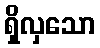
ရှိလှသော